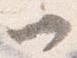
一